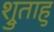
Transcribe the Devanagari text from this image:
श्रुताहु